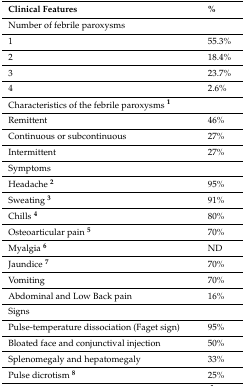
<table><thead><tr><td><b>Clinical Features</b></td><td><b>%</b></td></tr></thead><tbody><tr><td>Number of febrile paroxysms</td><td></td></tr><tr><td>1</td><td>55.3%</td></tr><tr><td>2</td><td>18.4%</td></tr><tr><td>3</td><td>23.7%</td></tr><tr><td>4</td><td>2.6%</td></tr><tr><td>Characteristics of the febrile paroxysms <b><sup>1</sup></b></td><td></td></tr><tr><td>Remittent</td><td>46%</td></tr><tr><td>Continuous or subcontinuous</td><td>27%</td></tr><tr><td>Intermittent</td><td>27%</td></tr><tr><td>Symptoms</td><td></td></tr><tr><td>Headache <b><sup>2</sup></b></td><td>95%</td></tr><tr><td>Sweating <b><sup>3</sup></b></td><td>91%</td></tr><tr><td>Chills <b><sup>4</sup></b></td><td>80%</td></tr><tr><td>Osteoarticular pain <b><sup>5</sup></b></td><td>70%</td></tr><tr><td>Myalgia <b><sup>6</sup></b></td><td>ND</td></tr><tr><td>Jaundice <b><sup>7</sup></b></td><td>70%</td></tr><tr><td>Vomiting</td><td>70%</td></tr><tr><td>Abdominal and Low Back pain</td><td>16%</td></tr><tr><td>Signs</td><td></td></tr><tr><td>Pulse-temperature dissociation (Faget sign)</td><td>95%</td></tr><tr><td>Bloated face and conjunctival injection</td><td>50%</td></tr><tr><td>Splenomegaly and hepatomegaly</td><td>33%</td></tr><tr><td>Pulse dicrotism <b><sup>8</sup></b></td><td>25%</td></tr></tbody></table>